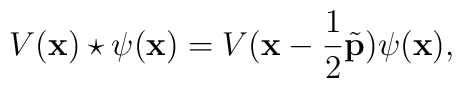
V({\bf x}) \star  \psi ({\bf x})  = V({\bf x} -  \frac{1}{2}{\tilde {\bf p}})\psi ({\bf x}),